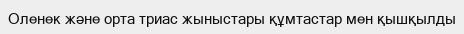
Оленек және орта триас жыныстары құмтастар мен қышқылды